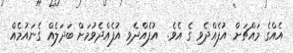
އެއްގެ މައްޗަށް އުފެއްދެވި ގެ އެވެ.  އުފެއްދެވި އުފެއްދެވުމަށް ބަދަލެއް ގެނައުމެއް